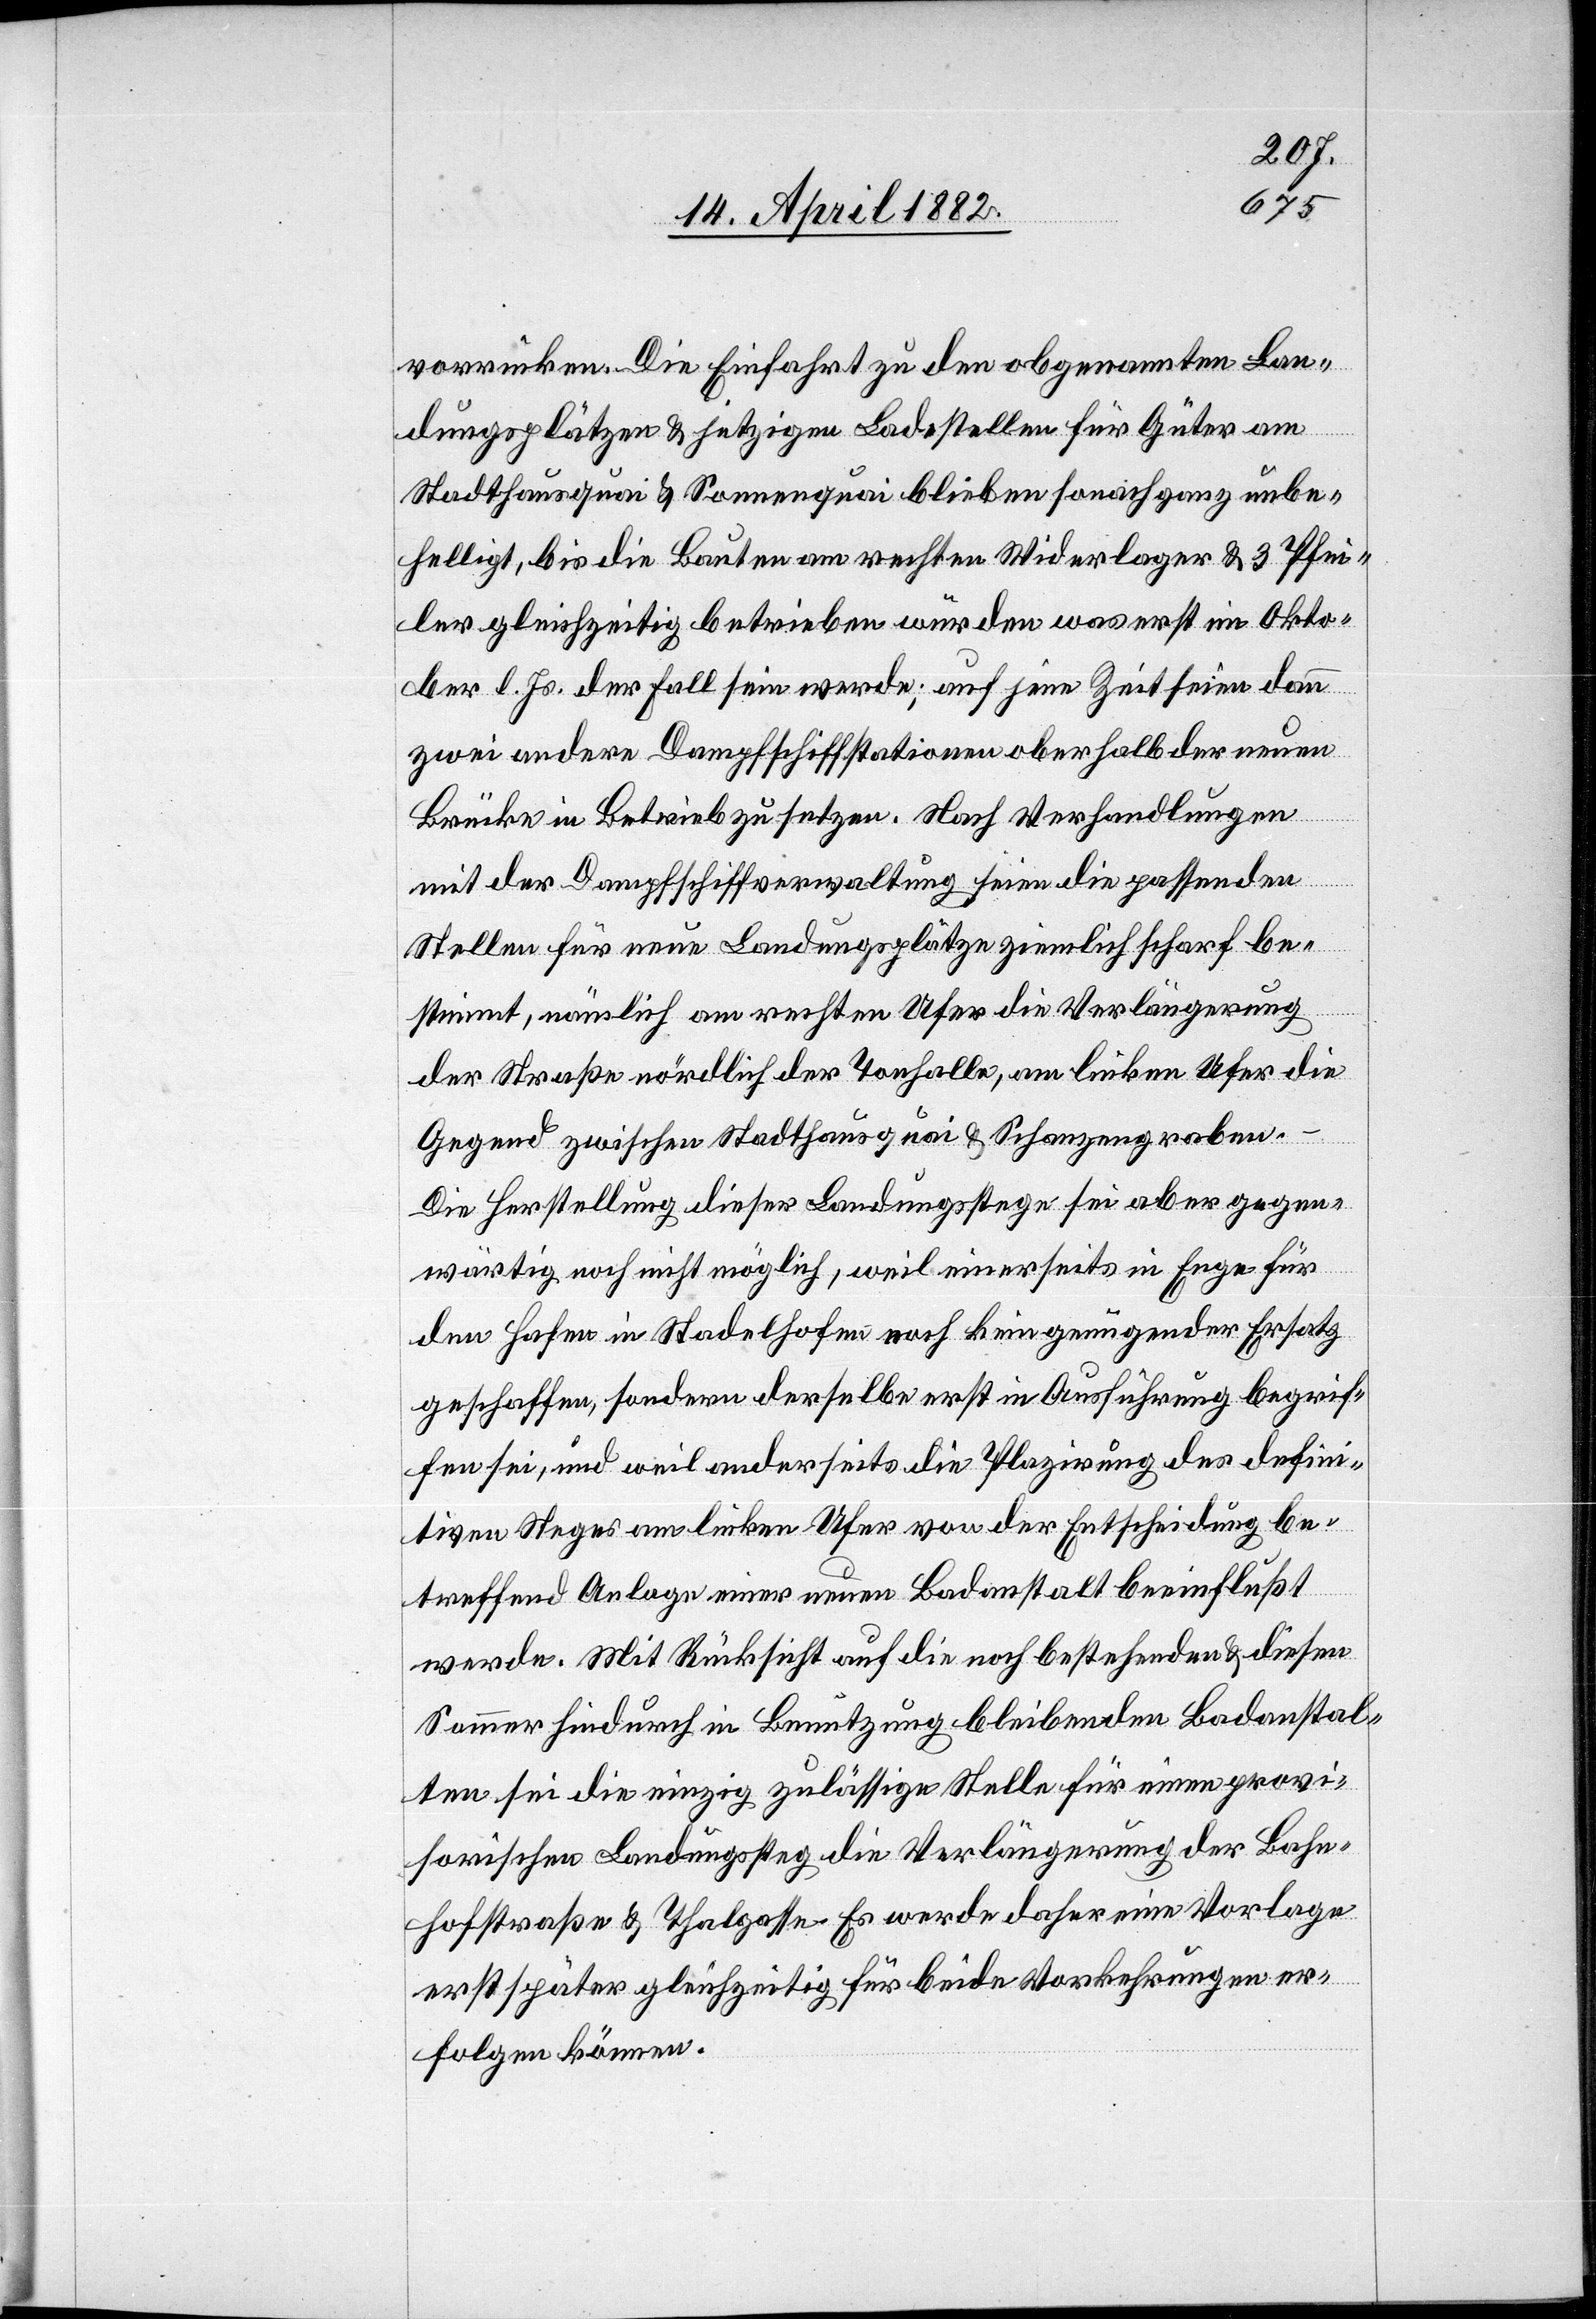
vorrücken. Die Einfahrt zu den obgenannten Lan¬
dungsplätzen & jetzigen Ladestellen für Güter am
Stadthausquai & Sonnenquai blieben sonach ganz unbe¬
helligt, bis die Bauten am rechten Widerlager & 3 Pfei¬
ler gleichzeitig betrieben würden was erst im Okto¬
ber l. Js. der Fall sein werde; auf jene Zeit seien dann
zwei andere Dampfschiffstationen oberhalb der neuen
Brücke in Betrieb zu setzen. Nach Verhandlungen
mit der Dampfschiffverwaltung seien die passenden
Stellen für neue Landungsplätze ziemlich scharf be¬
stimmt, nämlich am rechten Ufer die Verlängerung
der Straße nördlich der Tonhalle, am linken Ufer die
Gegend zwischen Stadthausquai & Schanzengraben.
Die Herstellung dieser Landungsstege sei aber gegen¬
wärtig noch nicht möglich, weil einerseits in Enge für
den Hafen in Stadelhofen noch kein genügender Ersatz
geschaffen, sondern derselbe erst in Ausführung begrif¬
fen sei, und weil anderseits die Plazirung des defini¬
tiven Steges am linken Ufer von der Entscheidung be¬
treffend Anlage einer neuen Badanstalt beeinflußt
werde. Mit Rücksicht auf die noch bestehenden & diesen
Sommer hindurch in Benutzung bleibenden Badanstal¬
ten sei die einzig zulässige Stelle für einen provi¬
sorischen Landungssteg die Verlängerung der Bahn¬
hofstraße & Thalgasse. Es werde daher eine Vorlage
erst später gleichzeitig für beide Vorkehrungen er¬
folgen können.